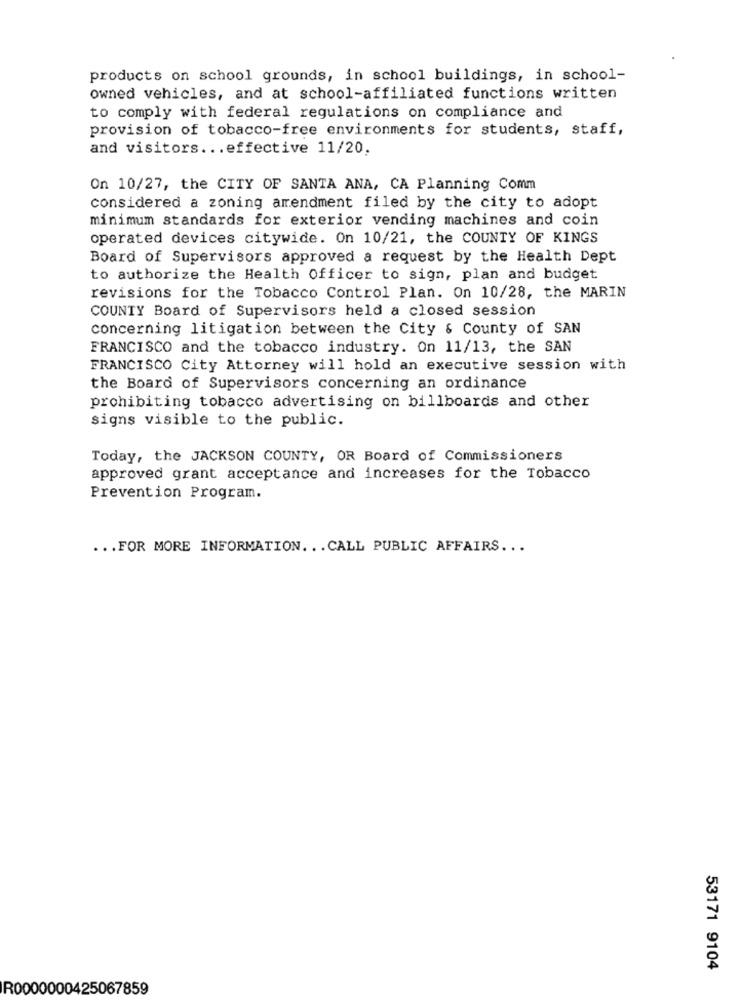
products on school grounds, in school buildings, in school-
owned vehicles, and at school-affiliated functions written
to comply with federal regulations on compliance and
provision of tobacco-free environments for students, staff,
and visitors ... effective 11/20,
On 10/27, the CITY OF SANTA ANA, CA Planning Comm
considered a zoning amendment filed by the city to adopt
minimum standards for exterior vending machines and coin
operated devices citywide. On 10/21, the COUNTY OF KINGS
Board of Supervisors approved a request by the Health Dept
to authorize the Health Officer to sign, plan and budget
revisions for the Tobacco Control Plan. On 10/28, the MARIN
COUNTY Board of Supervisors held a closed session
concerning litigation between the City & County of SAN
FRANCISCO and the tobacco industry. On 11/13, the SAN
FRANCISCO City Attorney will hold an executive session with
the Board of Supervisors concerning an ordinance
prohibiting tobacco advertising on billboards and other
signs visible to the public.
Today, the JACKSON COUNTY, OR Board of Commissioners
approved grant acceptance and increases for the Tobacco
Prevention Program.
... FOR MORE INFORMATION ... CALL PUBLIC AFFAIRS ...
53171 9104
R0000000425067859